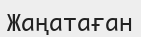
Жаңатаған